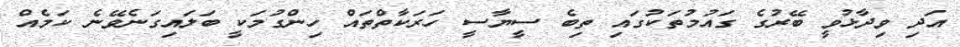
އަދި ވިދާޅުވީ ބޭރުގެ ގައުމުތަކުގައި ތިބެ ސީޔާސީ ހަރަކާތްތައް ހިންގުމަކީ ބަލައިގަނެވޭނެ ކަމެއް